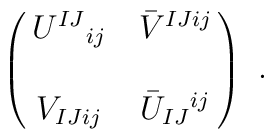
\pmatrix{U^{IJ}{} _{ij}   & \bar V^{IJij}  \cr\cr V_{IJij} &  \bar U_{IJ}{}^{ij} \cr } \ .